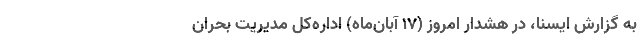
به گزارش ایسنا، در هشدار امروز (۱۷ آبان‌ماه) اداره‌کل مدیریت بحران